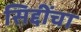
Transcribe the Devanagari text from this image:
सिद्दींचा